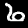
Digit: 6